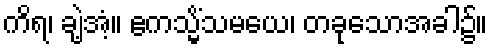
ကိရ၊ ချဲ့အံ့။ ဧကသ္မိံသမယေ၊ တခုသောအခါ၌။